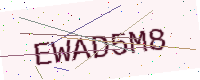
Text: EWAD5M8